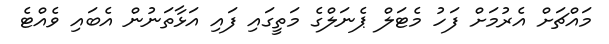
މައްޗަށް އެރުމަށް ފަހު މެޓަލް ޕެނަލްގެ މަތީގައި ފައި އަޅާތަނުން އެބައި ވެއްޓެ